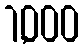
1,000